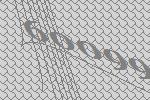
60099